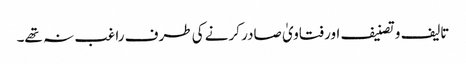
تالیف و تصنیف اور فتاویٰ صادر کرنے کی طرف راغب نہ تھے۔